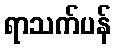
ရာသက်ပန်